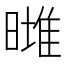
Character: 𣊌